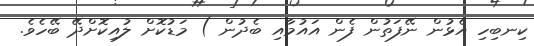
ކިނބިހި އެޅުން ނޭފަތުން ފެން އައުމާއި ބެދުން ) މަޑުކޮށް ލުއިކޮށްދޭ ބޭހެވެ.